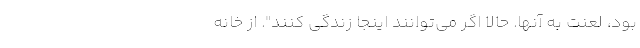
بود، لعنت به آنها. حالا اگر می‌توانند اینجا زندگی کنند". از خانه